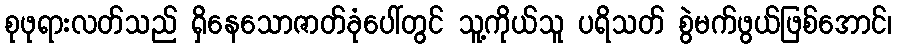
စုဖုရားလတ်သည် ရှိနေသောဇာတ်ခုံပေါ်တွင် သူ့ကိုယ်သူ ပရိသတ် စွဲမက်ဖွယ်ဖြစ်အောင်၊